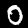
Label: 0